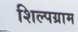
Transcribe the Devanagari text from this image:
शिल्‍पग्राम